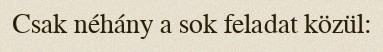
Csak néhány a sok feladat közül: